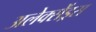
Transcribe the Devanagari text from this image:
अलेक्सेंड्रस